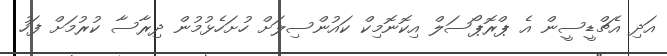
އަދި އެޗްޑީސީން އެ ޕްރޮޕޯސަލް އިކޮނޮމިކް ކައުންސިލަށް ހުށަހެޅުމުން ދިރާސާ ކުރުމަށް ފަހު